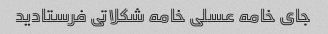
جای خامه عسلی خامه شکلاتی فرستادید